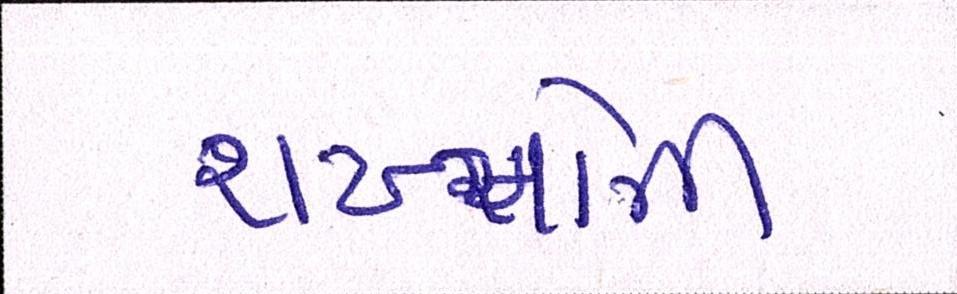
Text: શખ્સોની